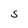
Character: S